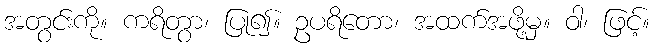
အတွင်းကို။ ကရိတွာ၊ ပြု၍။ ဥပရိတော၊ အထက်အဖို့မှ။ ဝါ၊ ဖြင့်။